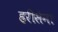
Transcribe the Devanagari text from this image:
हरीसेना